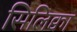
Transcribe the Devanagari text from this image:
सिलिक्वा